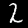
Digit: 2